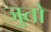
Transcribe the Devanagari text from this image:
जुतो